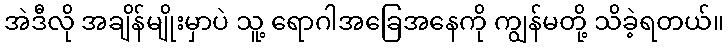
အဲဒီလို အချိန်မျိုးမှာပဲ သူ့ ရောဂါအခြေအနေကို ကျွန်မတို့ သိခဲ့ရတယ်။